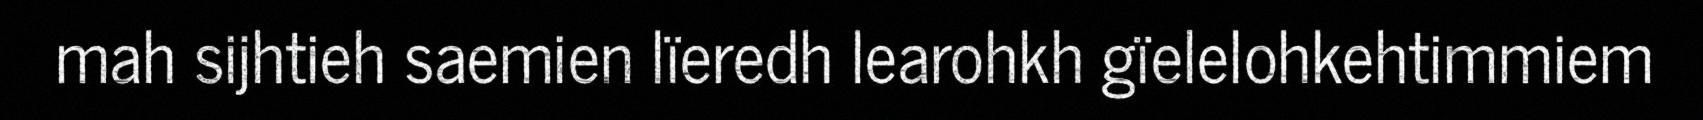
mah sijhtieh saemien lïeredh learohkh gïelelohkehtimmiem